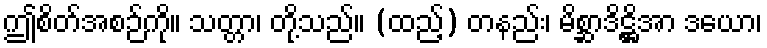
ဤစိတ်အစဉ်ကို။ သတ္တာ၊ တို့သည်။ (ထည့်) တနည်း၊ မိစ္ဆာဒိဋ္ဌိအာ ဒယော၊